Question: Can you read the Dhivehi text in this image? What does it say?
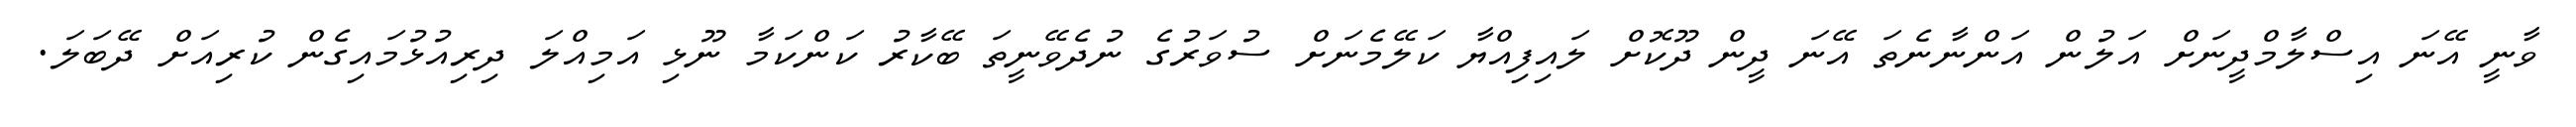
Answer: ވާނީ އޭނަ އިސްލާމްދީނަށް އަލުން އަންނާނެތަ އޭނަ ދީން ދޫކޮށް ލައިފިއްޔާ ކަލޭމެނަށް ސުވަރުގެ ނުދެވޭނީތަ ބޭކާރު ކަންކަމާ ނޫޅި އަމިއްލަ ދިރިއުޅުމައިގެން ކުރިއަށް ދޭބަލަ.